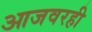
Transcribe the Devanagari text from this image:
आजवरही